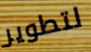
لتطوير